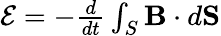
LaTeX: \begin{array}{r}{{\cal E}=-{\frac{d}{dt}}\int_{S}{\mathbf B}\cdot d{\mathbf S}}\end{array}